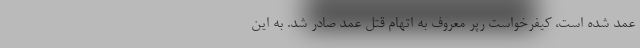
عمد شده است، کیفرخواست رپر معروف به اتهام قتل عمد صادر شد. به این